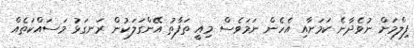
ފިލްމަށް ނުވެދާނެ ކަމަށާއި އެހެން ނަމަވެސް މިއީ ތަފާތު އޭންގަލަކުން ރަނގަޅު މަސައްކަތެއް